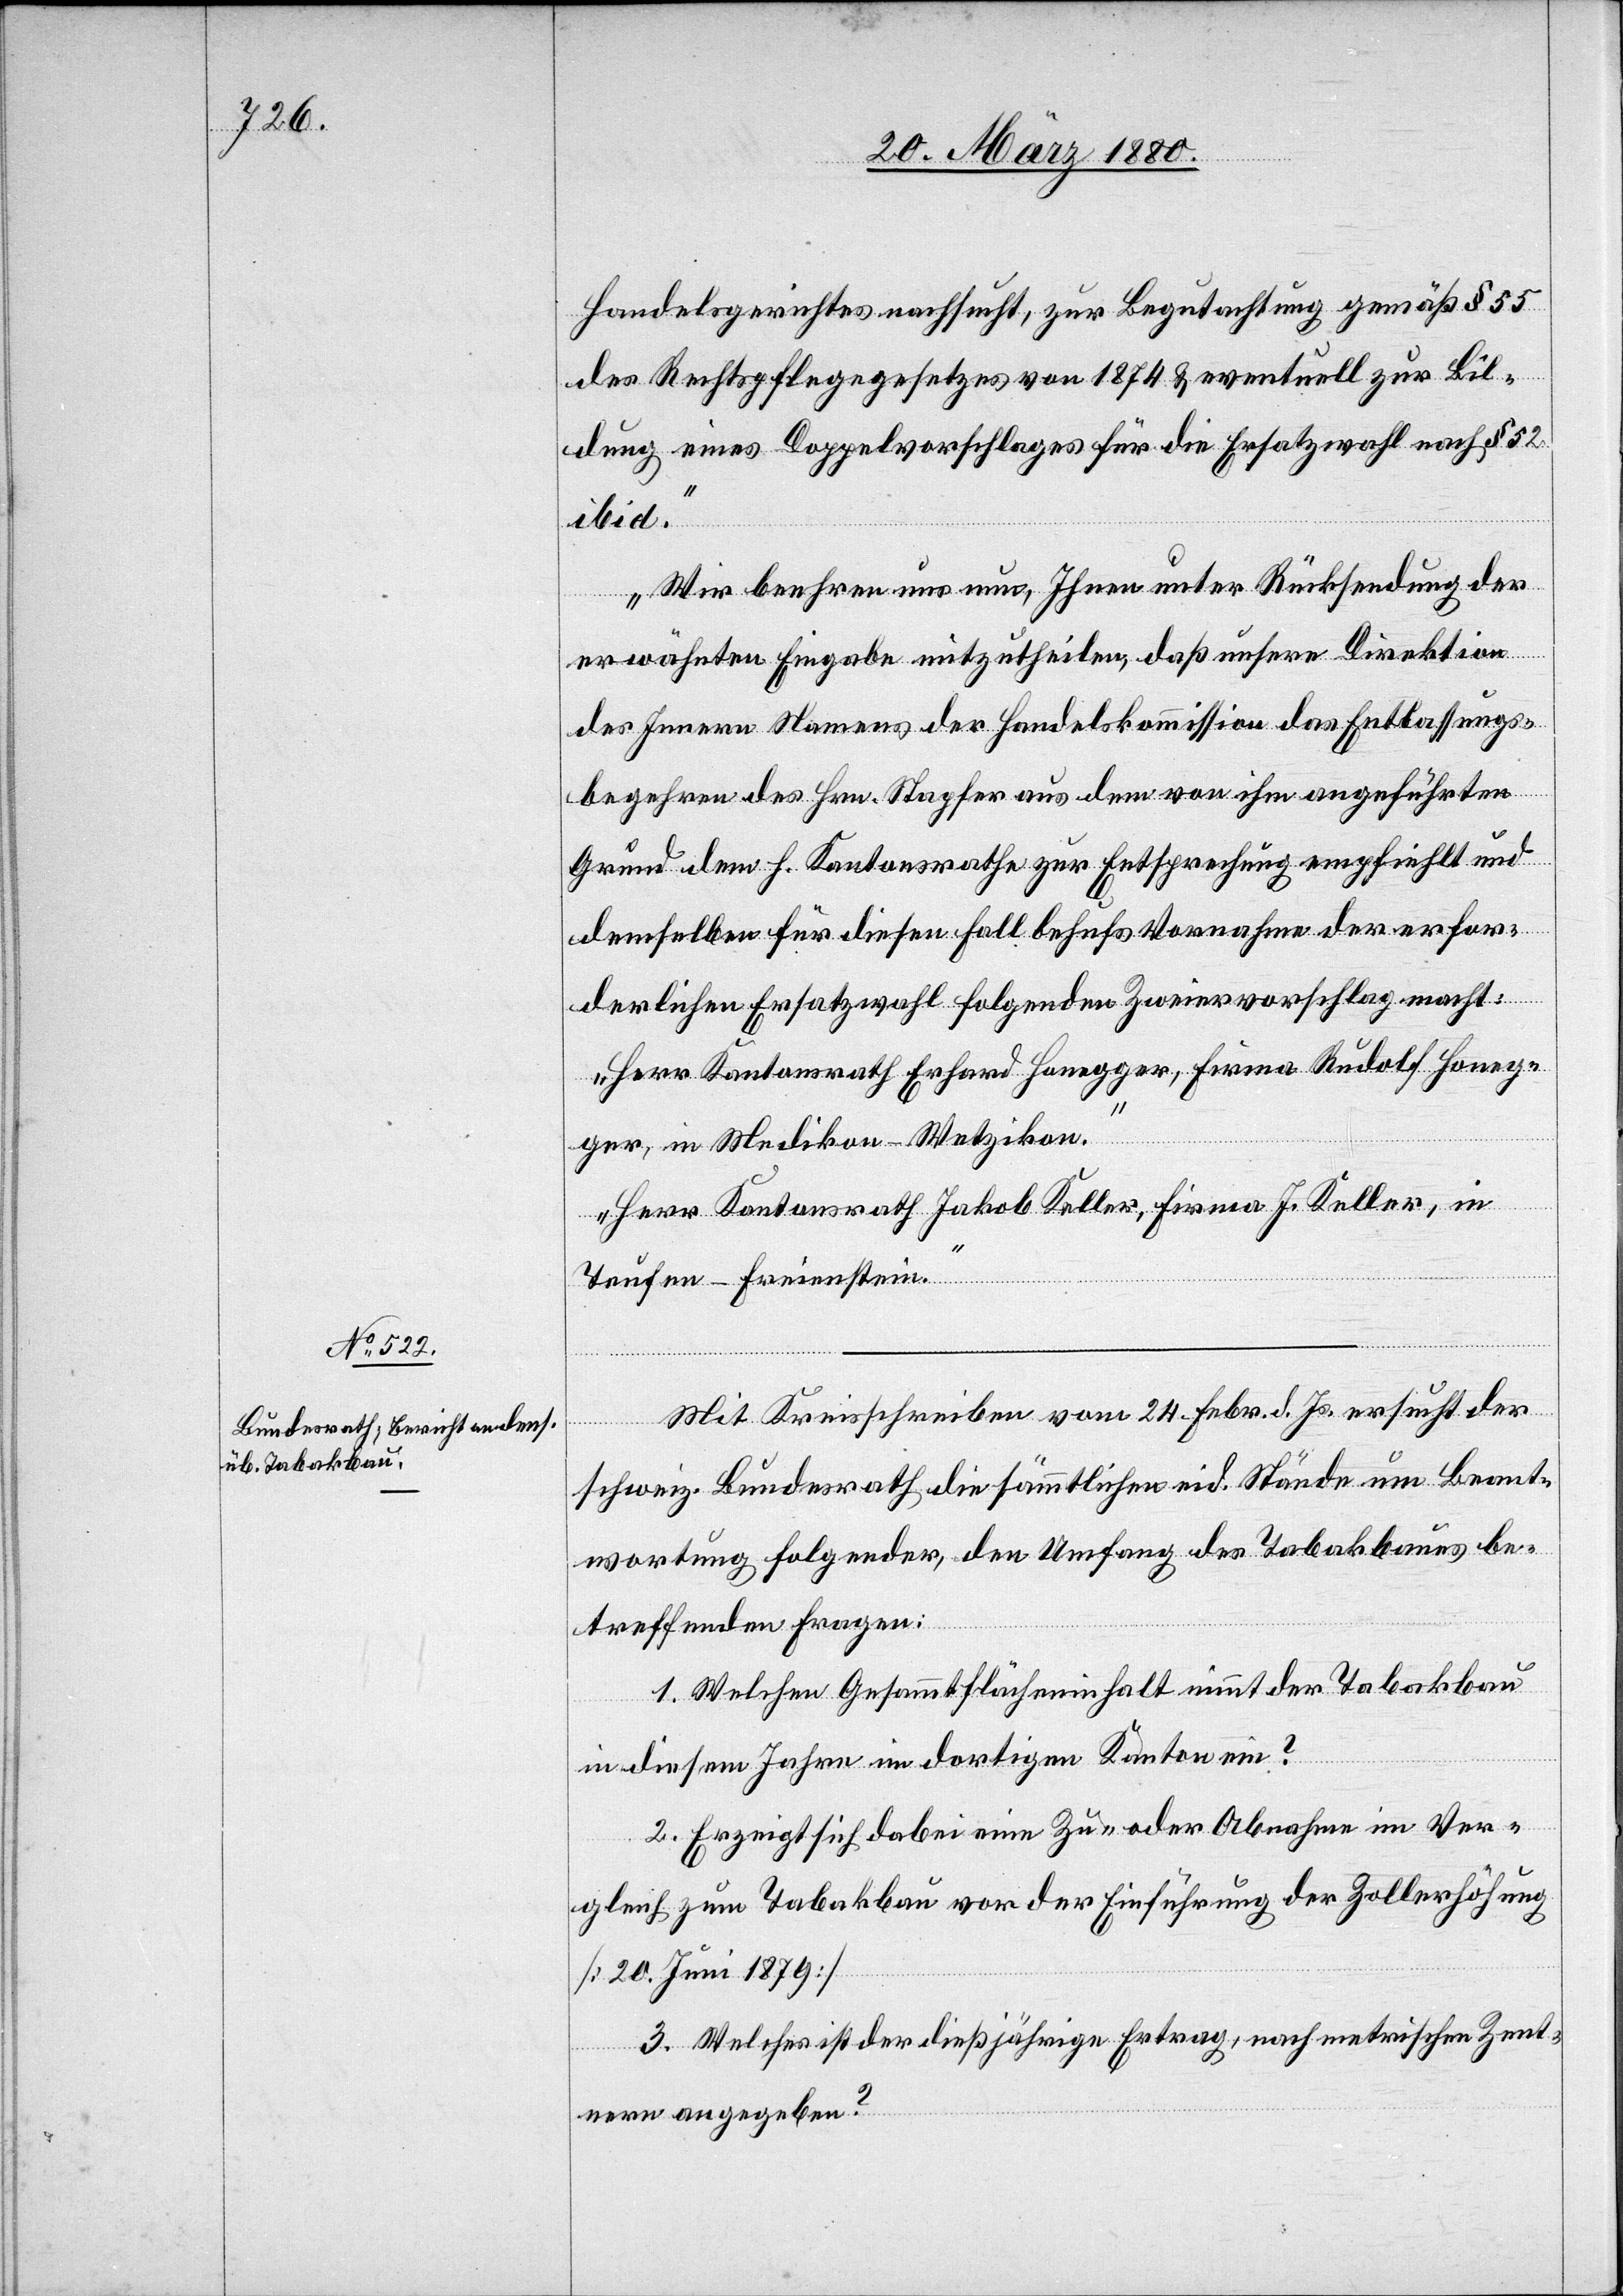
Handelsgerichtes nachsucht, zur Begutachtung gemäß § 55
des Rechtspflegegesetzes von 1874 & eventuell zur Bil¬
dung eines Doppelvorschlages für die Ersatzwahl nach§ 52
ibid.
Wir beehren uns, Ihnen unter Rücksendung der
erwähnten Eingabe mitzutheilen, daß unsere Direktion
des Innern Namens der Handelskommission das Entlassungs¬
begehren des Hrn. Stapfer aus dem von ihm angeführten
Grund dem h. Kantonsrathe zur Entsprechung empfiehlt und
demselben für diesen Fall behufs Vornahme der erfor¬
derlichen Ersatzwahl folgenden Zweiervorschlag macht:
Herr Kantonsrath Erhard Honegger, Firma Rudolf Honeg¬
ger, in Medikon - Wetzikon.
Herr Kantonsrath Jakob Keller, Firma J. Keller, in
Teufen - Freienstein.“
Mit Kreisschreiben vom 24. Febr. d. Js. ersucht der
schweiz. Bundesrath die sämmtlichen eid. Stände um Beant¬
wortung folgender, den Umfang des Tabakbaues be¬
treffenden Fragen:
1 Welchen Gesammtflächeninhalt nimmt der Tabakbau
in diesem Jahre im dortigen Kanton ein?
2. Erzeigt sich dabei eine Zu- oder Abnahme im Ver¬
gleich zum Tabakbau vor der Einführung der Zollerhöhung
[20. Juni 1879][?]
3. Welches ist der dießjährige Ertrag, nach metrischen Zent¬
nern angegeben?